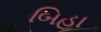
બિહા